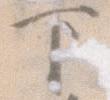
下